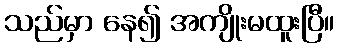
သည်မှာ နေ၍ အကျိုးမထူးပြီ။